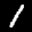
Label: 1